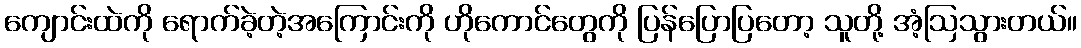
ကျောင်းထဲကို ရောက်ခဲ့တဲ့အကြောင်းကို ဟိုကောင်တွေကို ပြန်ပြောပြတော့ သူတို့ အံ့ဩသွားတယ်။